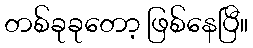
တစ်ခုခုတော့ ဖြစ်နေပြီ။